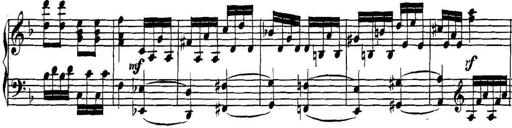
Title: Collected Piano Sonatas
Composer: Muzio Clementi